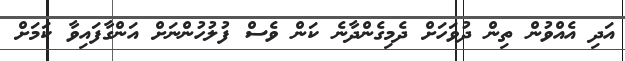
އަދި އެއްވުން ތިން ދުވަހަށް ދެމިގެންދާނެ ކަން ވެސް ފުލުހުންނަށް އަންގާފައިވާ ކަމަށް